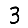
Digit: 3